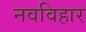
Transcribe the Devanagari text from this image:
नवविहार